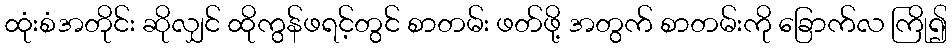
ထုံးစံအတိုင်း ဆိုလျှင် ထိုကွန်ဖရင့်တွင် စာတမ်း ဖတ်ဖို့ အတွက် စာတမ်းကို ခြောက်လ ကြို၍